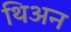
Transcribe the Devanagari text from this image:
थिअन